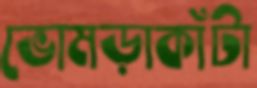
ভোমড়াকাঁটা